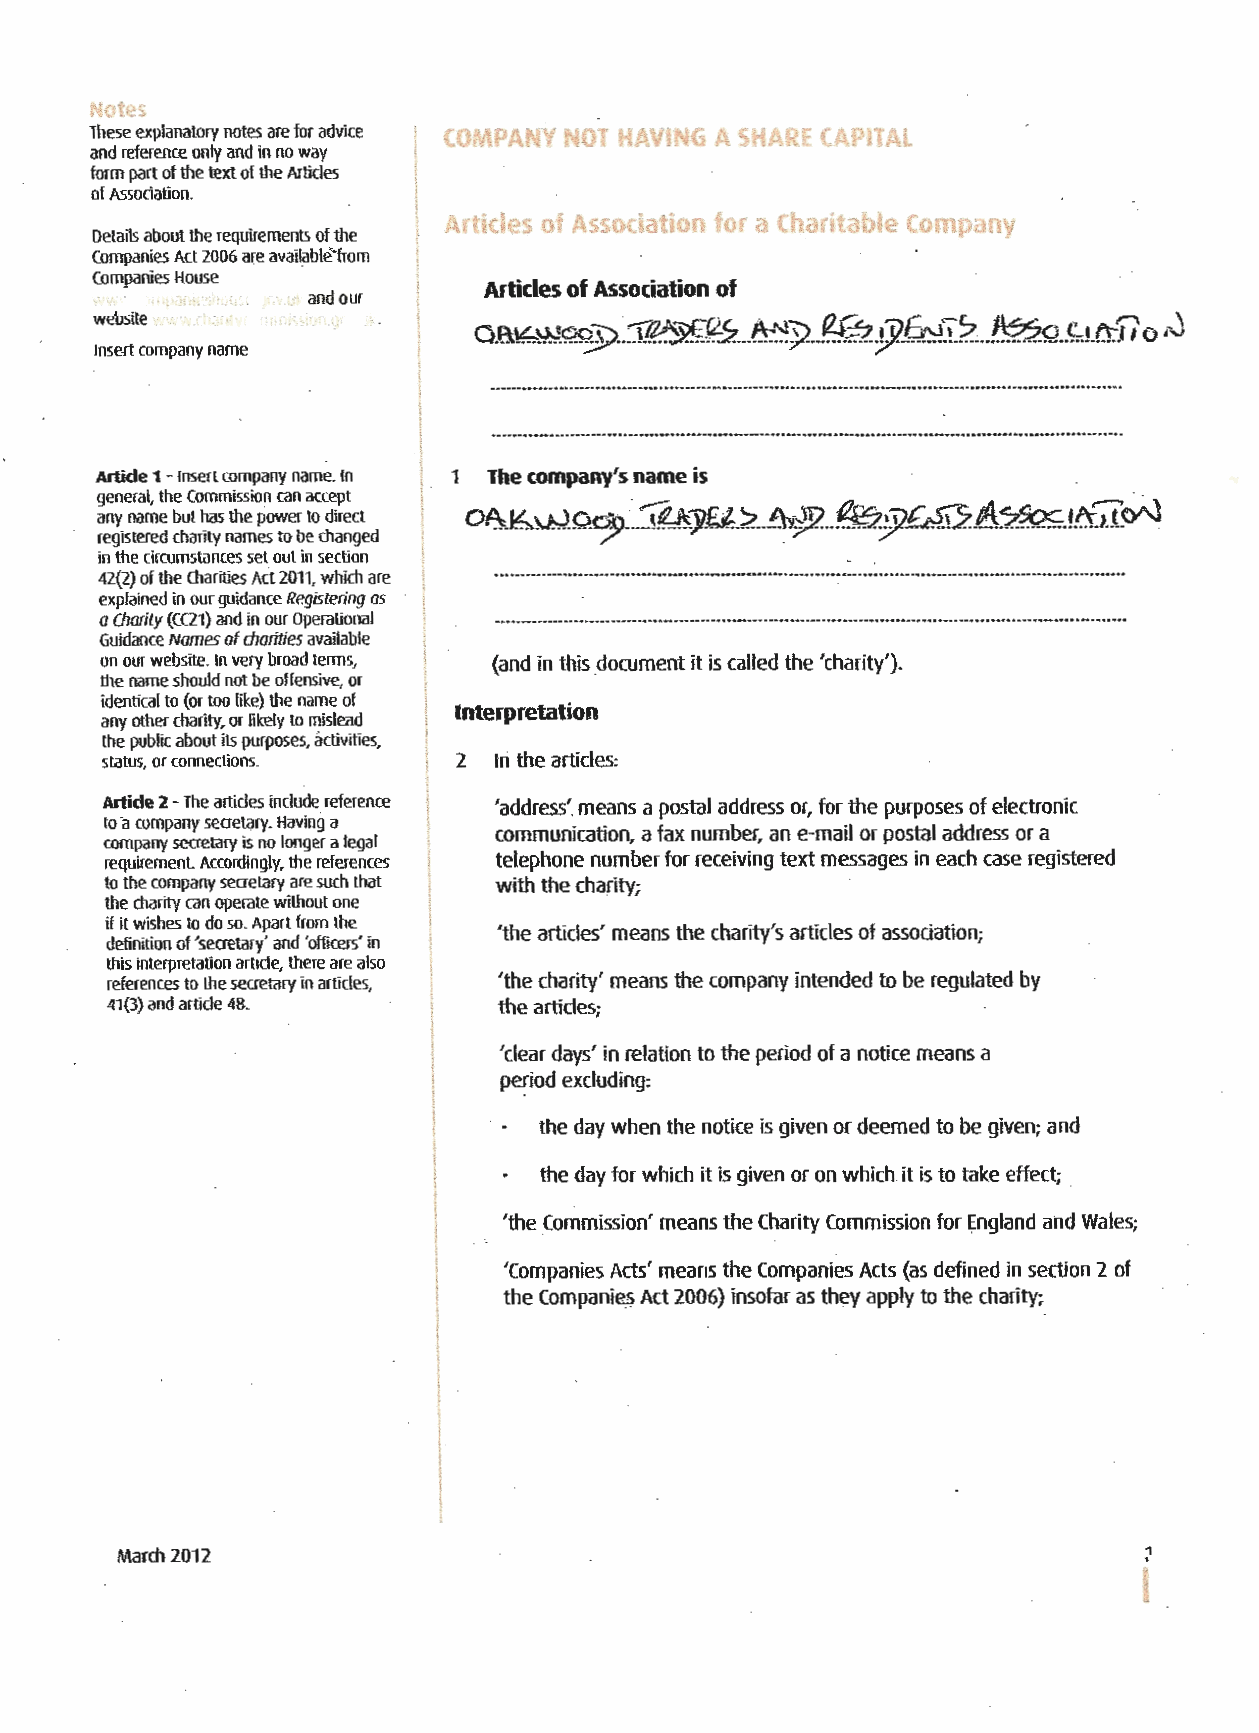
ot;;::s
 1
 These explanatory notes are for advice Y NOT HAVING A SHARE CAPHAt.
 COMPA~
 and reference only and in no way
 form part of the text of the Articles
 of Assodation.
 Articles of Association for a Chari~ able Company
 Details about the requirements of the
 companies Act 2006 are available"from
 Companies House
 Articles of Assodation of
 and our
 website
 O.ll\b~~-:].~3?[4.5.. ../ I-~Y.--~:!J?.~~f!~~~--~Q. . f d.f.tJt o ;,J
 Insert company name
 Artide 1 -Insert company name. In The company's name is
 general, the Commission can accept
 any name but has the power to direct o~J6.wo~_:_J._4yf.t..>.. .! hr;J2. . ~::Y~5..~2~t~O"l
 registered charity names to be changed
 in the circumstances set out in section
 42(2) of the Charities Act 2011, which are
 explained in our guidance Registering as
 a Charily (CQl) and in our Operational
 Guidance Names of charities available
 on our website. In very broad terms, (and in this document it is called the 'charity').
 the name should not be offensive, or
 identical to (or too like) the name of
 Interpretation
 any other charity, or likely to mislead
 the public about its purposes, ~ctivities,
 status, or connections. 2 In the articles:
 Artide 2 -The articles include reference 'address'_m eans a postal address or, for the purposes of electronic
 to ·a company secretary. Having a
 communication, a fax number, an e-mail or postal address or a
 company secretary is no longer a legal
 requirement Accordingly, the references telephone number for receiving text messages in each case registered
 to the company secretary are such that with the charity;
 the charity can operate without one
 if it wishes to do so. Apart from the
 'the articles' means the charity's articles of association;
 definition of 'secretary' and 'officers' in
 this interpretation article, there are also
 references to the secretary in articles, 'the charity' means the company intended to be regulated by
 41(3) and article 48. l   the articles;
 j    'clear days' in relation to the period of a notice means a
 I    period excluding:
 I
 the day when the notice is given or deemed to be given; and
 j
 ~      the day for which it is given or on which it is to take effect;
 'the Commission' means the Charity Commission for England and Wales;
 'Companies Acts' means the Companies Acts (as defined in section 2 of
 the Companie_s Act 2006) insofar as they apply to the charity;
 March 2012                                                          1
 I